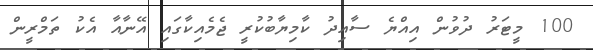
100 މީޓަރު ދުވުން އިއްޔެ ސާއިދު ކާމިޔާބުކުރީ ޖެމެއިކާގައި އޭނާއާ އެކު ތަމްރީން